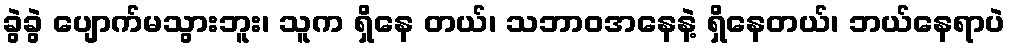
ခွဲခွဲ ပျောက်မသွားဘူး၊ သူက ရှိနေ တယ်၊ သဘာဝအနေနဲ့ ရှိနေတယ်၊ ဘယ်နေရာပဲ